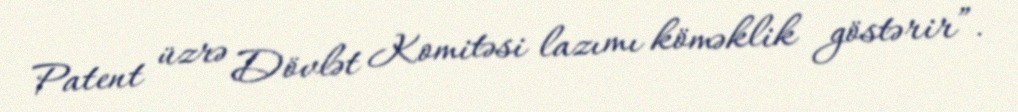
Patent üzrə Dövlət Komitəsi lazımı köməklik göstərir”.